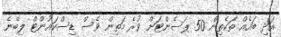
އަދި ބައެއް ތަކެތިން 50 ޕަސެންޓަށް ވުރެ މަތިން ވެސް ޑިސްކައުންޓް ލިބޭނެ